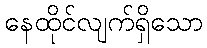
နေထိုင်လျက်ရှိသော